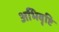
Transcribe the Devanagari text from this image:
अभिवृष्टि